Lunatic asylums Madras 1892-1911 - 1892-1911
Year: 1892
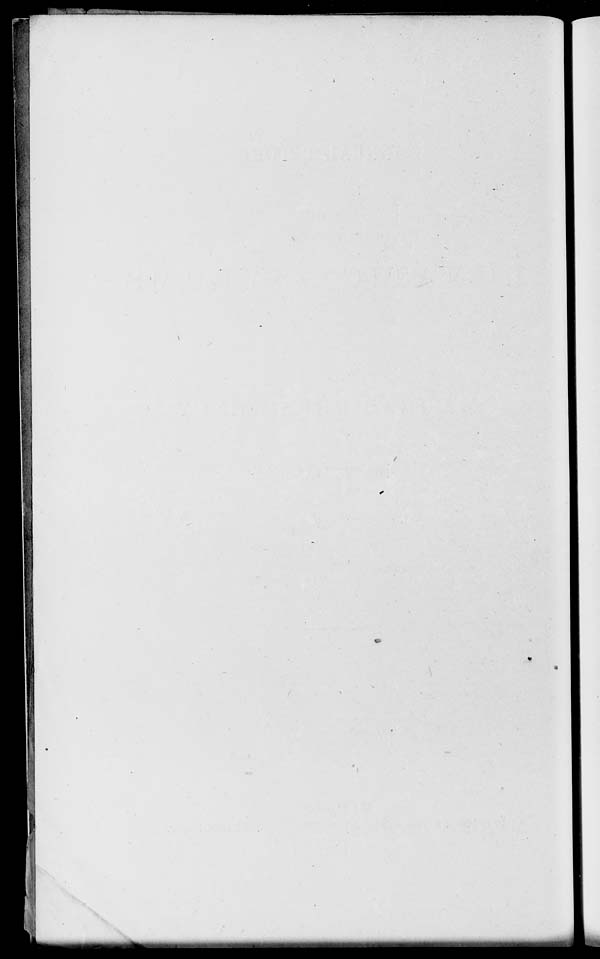
w